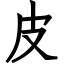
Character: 皮